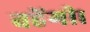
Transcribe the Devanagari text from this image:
बहेंगी।